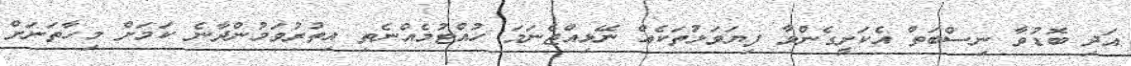
އަދި ބޮޑުވާ ނިސްބަތް އެކަށީގެންވާ ފިޔަވަޅުތަކެއް ނޭޅިއްޖެނަމަ ހުއްޓުމެއްނެތި އިތުރުވަމުންދާނެ ކަމަށް މިހާތަނަށް